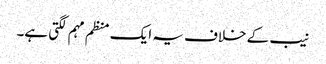
نیب کے خلاف یہ ایک منظم مہم لگتی ہے۔